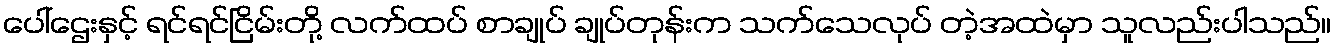
ပေါ်ဌေးနှင့် ရင်ရင်ငြိမ်းတို့ လက်ထပ် စာချုပ် ချုပ်တုန်းက သက်သေလုပ် တဲ့အထဲမှာ သူလည်းပါသည်။